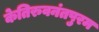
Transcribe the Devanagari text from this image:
केतिरुवनंतपुरम